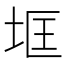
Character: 𱖟